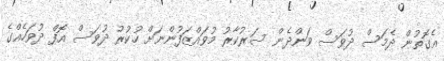
އެގޮތުން ދެމަސް ދުވަސް ވަންދެން ސަރުކާރު މުވައްޒަފުންނަށް ހުކުރު ދުވަސް އޮފް ދުވަހެއްގެ